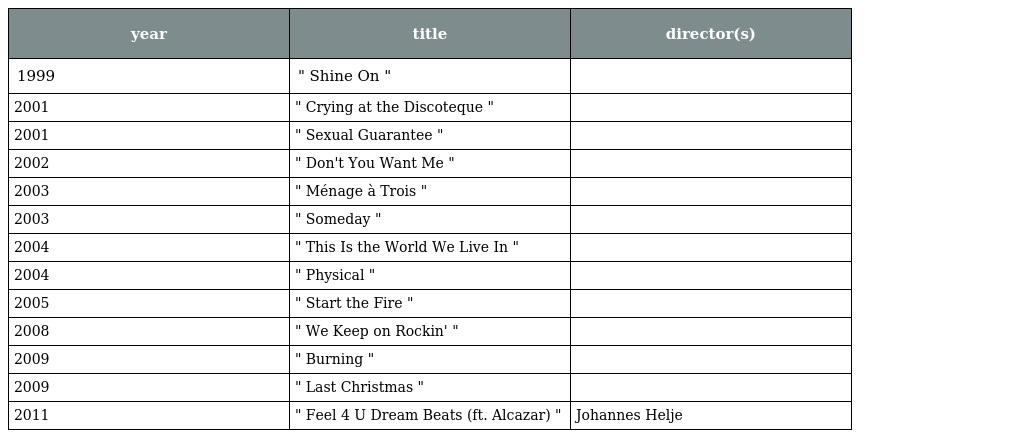
| year | title | director(s) |
 | --- | --- | --- |
 | 1999 | " Shine On " |  |
 | 2001 | " Crying at the Discoteque " |  |
 | 2001 | " Sexual Guarantee " |  |
 | 2002 | " Don't You Want Me " |  |
 | 2003 | " Ménage à Trois " |  |
 | 2003 | " Someday " |  |
 | 2004 | " This Is the World We Live In " |  |
 | 2004 | " Physical " |  |
 | 2005 | " Start the Fire " |  |
 | 2008 | " We Keep on Rockin' " |  |
 | 2009 | " Burning " |  |
 | 2009 | " Last Christmas " |  |
 | 2011 | " Feel 4 U Dream Beats (ft. Alcazar) " | Johannes Helje |